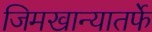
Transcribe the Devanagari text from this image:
जिमखान्यातर्फे